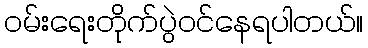
ဝမ်းရေးတိုက်ပွဲဝင်နေရပါတယ်။